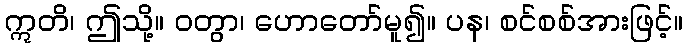
ဣတိ၊ ဤသို့။ ဝတွာ၊ ဟောတော်မူ၍။ ပန၊ စင်စစ်အားဖြင့်။